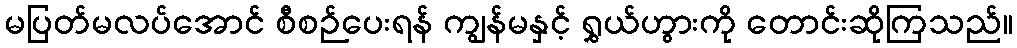
မပြတ်မလပ်အောင် စီစဉ်ပေးရန် ကျွန်မနှင့် ရွှယ်ဟွားကို တောင်းဆိုကြသည်။